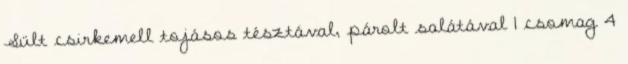
Sült csirkemell tojásos tésztával, párolt salátával 1 csomag 4